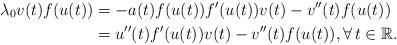
LaTeX: \begin{align*}\lambda_{0} v(t)f(u(t)) &= -a(t)f(u(t))f'(u(t))v(t) - v''(t)f(u(t)) \\ &= u''(t)f'(u(t))v(t) - v''(t)f(u(t)), \forall \,t\in\mathbb{R}.\end{align*}